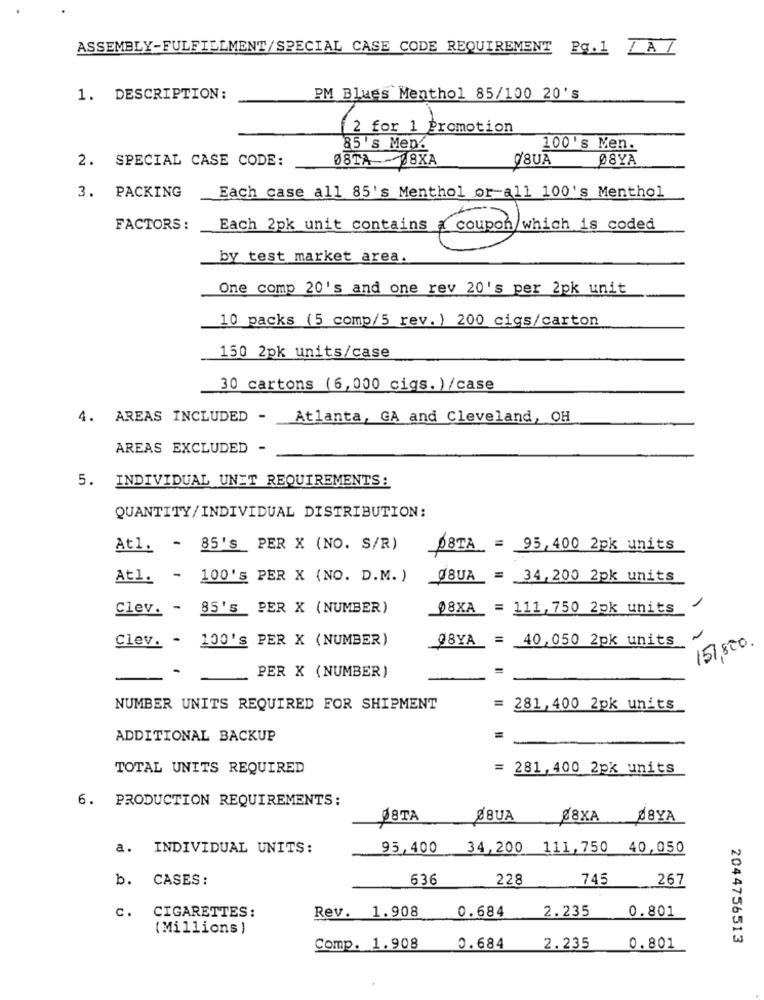
ASSEMBLY-FULFILLMENT/SPECIAL CASE CODE REQUIREMENT Pg.1 ZAI
1. DESCRIPTION:
PM Blues Menthol 85/100 20's
2 for 1 Promotion
85 's Mep.
100's Men.
2. SPECIAL CASE CODE:
ØSTA-18XA
Q8UA
08YA
Each case all 85's Menthol or all 100's Menthol
3. PACKING
FACTORS :
Each 2pk unit contains a coupon which is coded
1.(Coup)un
by test market area.
One comp 20's and one rev 20's per 2pk unit
10 packs (5 comp/5 rev. ) 200 cigs/carton
150 2pk units/case
30 cartons (6,000 cigs. ) /case
4. AREAS INCLUDED -
Atlanta, GA and Cleveland, OH
AREAS EXCLUDED -
5. INDIVIDUAL UNIT REQUIREMENTS:
QUANTITY/INDIVIDUAL DISTRIBUTION:
Atl. - 85's PER X (NO. S/R)
08TA = 95,400 2pk units
Atl. - 100's PER X (NO. D.M. )
@8UA = 34,200 2pk units
Clev. - 85's PER X (NUMBER)
08XA = 111, 750 2pk units_
1
Clev. - 100's PER X (NUMBER)
@8YA = 40,050 2pk units
151,820.
-
PER X (NUMBER)
NUMBER UNITS REQUIRED FOR SHIPMENT
= 281,400 2pk units
ADDITIONAL BACKUP
TOTAL UNITS REQUIRED
= 281,400 2pk units
6. PRODUCTION REQUIREMENTS:
18TA
Ø8UA
28XA
88YA
a. INDIVIDUAL UNITS:
95,400
.... 34,200 111,750
40,050
b. CASES:
636
228
745
267
Rev. 1.908
0.684
2.235
0.801
c.
CIGARETTES:
(Millions )
2044756513
Comp. 1.908
0.684
2.235
0.801